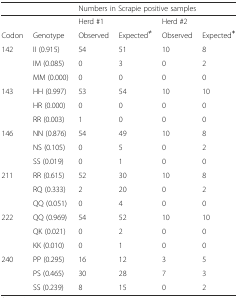
<table><thead><tr><td></td><td></td><td colspan="4"><b>Numbers in Scrapie positive samples</b></td></tr></thead><tbody><tr><td></td><td></td><td colspan="2">Herd #1</td><td colspan="2">Herd #2</td></tr><tr><td>Codon</td><td>Genotype</td><td>Observed</td><td>Expected<sup>≠</sup></td><td>Observed</td><td>Expected<sup>≠</sup></td></tr><tr><td rowspan="3">142</td><td>II (0.915)</td><td>54</td><td>51</td><td>10</td><td>8</td></tr><tr><td>IM (0.085)</td><td>0</td><td>3</td><td>0</td><td>2</td></tr><tr><td>MM (0.000)</td><td>0</td><td>0</td><td>0</td><td>0</td></tr><tr><td rowspan="3">143</td><td>HH (0.997)</td><td>53</td><td>54</td><td>10</td><td>10</td></tr><tr><td>HR (0.000)</td><td>0</td><td>0</td><td>0</td><td>0</td></tr><tr><td>RR (0.003)</td><td>1</td><td>0</td><td>0</td><td>0</td></tr><tr><td rowspan="3">146</td><td>NN (0.876)</td><td>54</td><td>49</td><td>10</td><td>8</td></tr><tr><td>NS (0.105)</td><td>0</td><td>5</td><td>0</td><td>2</td></tr><tr><td>SS (0.019)</td><td>0</td><td>1</td><td>0</td><td>0</td></tr><tr><td rowspan="3">211</td><td>RR (0.615)</td><td>52</td><td>30</td><td>10</td><td>8</td></tr><tr><td>RQ (0.333)</td><td>2</td><td>20</td><td>0</td><td>2</td></tr><tr><td>QQ (0.051)</td><td>0</td><td>4</td><td>0</td><td>0</td></tr><tr><td rowspan="3">222</td><td>QQ (0.969)</td><td>54</td><td>52</td><td>10</td><td>10</td></tr><tr><td>QK (0.021)</td><td>0</td><td>2</td><td>0</td><td>0</td></tr><tr><td>KK (0.010)</td><td>0</td><td>1</td><td>0</td><td>0</td></tr><tr><td rowspan="3">240</td><td>PP (0.295)</td><td>16</td><td>12</td><td>3</td><td>5</td></tr><tr><td>PS (0.465)</td><td>30</td><td>28</td><td>7</td><td>3</td></tr><tr><td>SS (0.239)</td><td>8</td><td>15</td><td>0</td><td>2</td></tr></tbody></table>